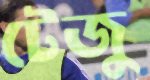
টেজু